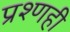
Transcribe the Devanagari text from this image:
प्रश्णही